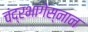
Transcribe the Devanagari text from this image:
चंद्रभागेस्नान